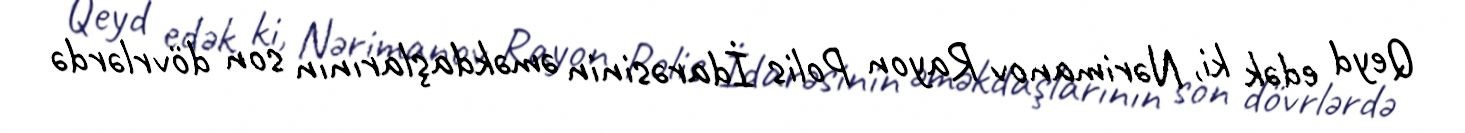
Qeyd edək ki, Nərimanov Rayon Polis İdarəsinin əməkdaşlarının son dövrlərdə